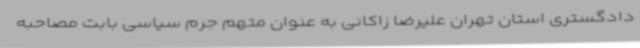
دادگستری استان تهران علیرضا زاکانی به عنوان متهم جرم سیاسی بابت مصاحبه